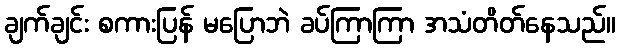
ချက်ချင်း စကားပြန် မပြောဘဲ ခပ်ကြာကြာ အသံတိတ်နေသည်။